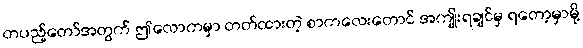
တပည့်တော်အတွက် ဤလောကမှာ တတ်ထားတဲ့ စာကလေးတောင် အကျိုးရချင်မှ ရတော့မှာမို့